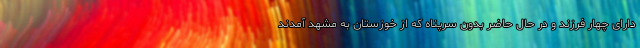
دارای چهار فرزند و در حال حاضر بدون سرپناه که از خوزستان به مشهد آمدند